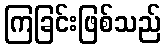
ကြခြင်းဖြစ်သည်